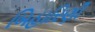
બિહારિણી